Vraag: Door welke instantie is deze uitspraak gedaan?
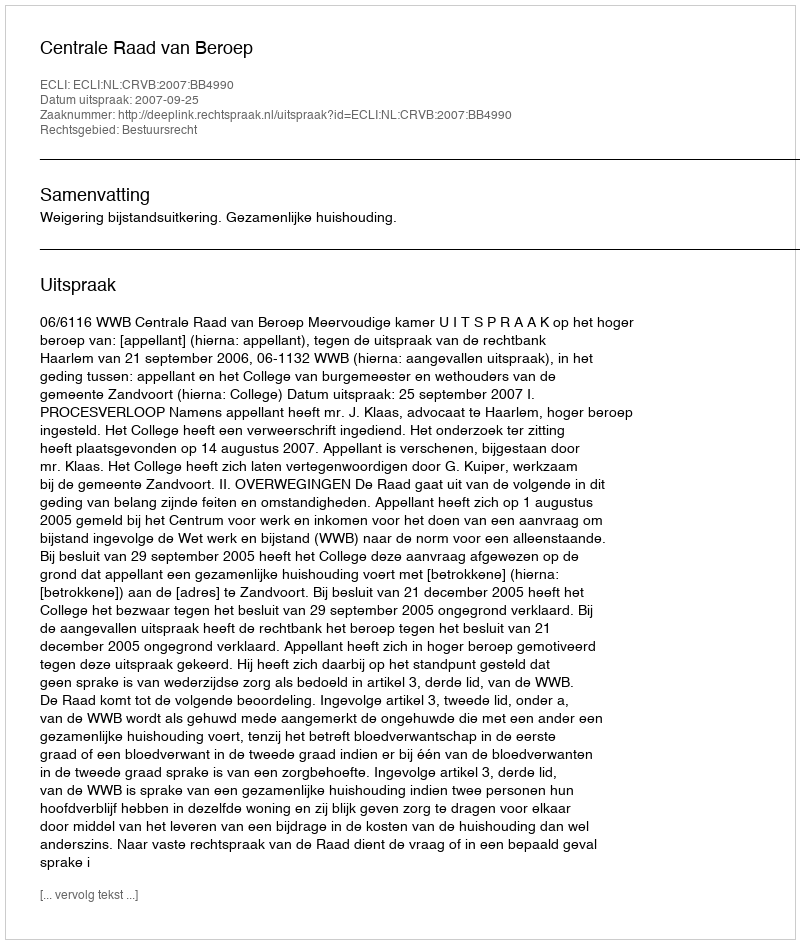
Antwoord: Centrale Raad van Beroep